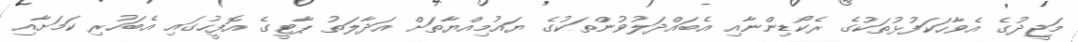
މަޖީދުގެ އެވާހަކަފުޅުތަކުގެ ރެކޯޑިންނާއި އެބައްދަލުވުންތަކުގެ ޔައުމިއްޔާތަށް އަދާލަތު ޕާޓީގެ އޮފީހުގައި އެބަހުރި ކަމަށާއި